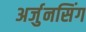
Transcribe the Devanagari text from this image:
अर्जुनसिंग